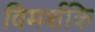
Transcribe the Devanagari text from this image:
विमर्शकि